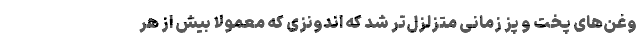
وغن‌های پخت و پز زمانی متزلزل‌تر شد که اندونزی که معمولا بیش از هر